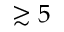
\gtrsim 5